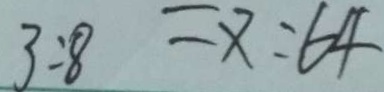
3 : 8 = x : 6 4